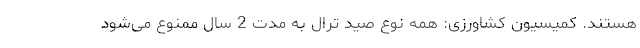
هستند. کمیسیون کشاورزی: همه نوع صید ترال به مدت 2 سال ممنوع می‌شود